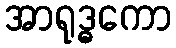
အာရုဒ္ဓကော